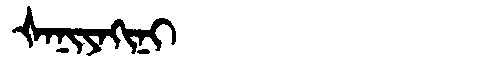
Manchu: ᡧᠠᠨᡳᠶᠠᡴᡳᠨᡳ
Romanization: ŠANIYAKINI